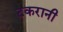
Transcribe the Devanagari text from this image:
टकरानी